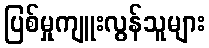
ပြစ်မှုကျူးလွန်သူများ